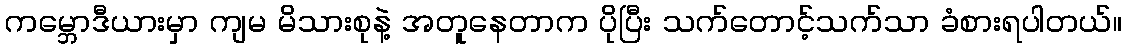
ကမ္ဘောဒီယားမှာ ကျမ မိသားစုနဲ့ အတူနေတာက ပိုပြီး သက်တောင့်သက်သာ ခံစားရပါတယ်။